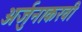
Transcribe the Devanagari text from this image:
अर्जुनाकरवी